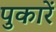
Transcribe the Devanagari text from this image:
पुकारें